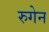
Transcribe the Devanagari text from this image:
रुगेन